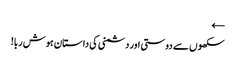
←
سکھوں سے دوستی اور دشمنی کی داستان ہوش ربا!